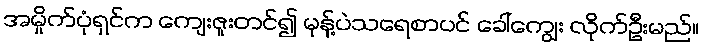
အမှိုက်ပုံရှင်က ကျေးဇူးတင်၍ မုန့်ပဲသရေစာပင် ခေါ်ကျွေး လိုက်ဦးမည်။